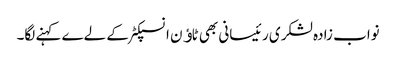
نواب زادہ لشکری رئیسانی بھی ٹاﺅن انسپکٹر کے لےے کہنے لگا۔